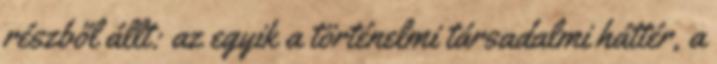
részből állt: az egyik a történelmi társadalmi háttér, a